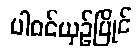
ပါဝင်ယှဉ်ပြိုင်